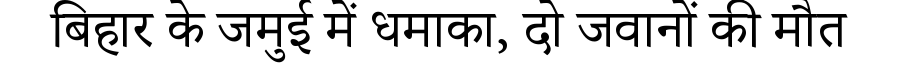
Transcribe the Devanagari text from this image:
बिहार के जमुई में धमाका, दो जवानों की मौत